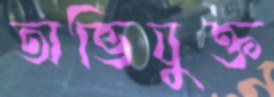
অভিযুক্ত